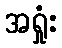
အရှုံး